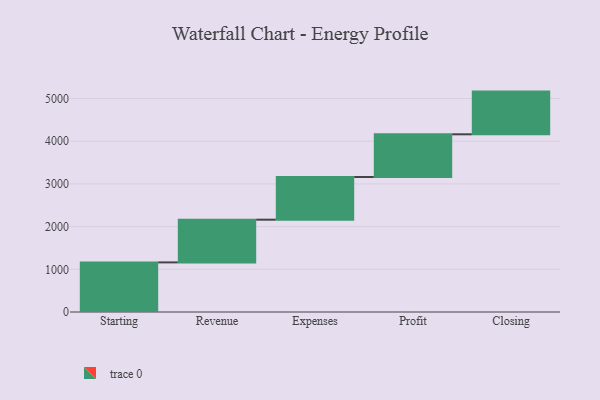
{"axis": {"x": "Step", "y": "Value"}, "legend": [""], "data": [{"x": "Starting", "y": 1162.0, "type": ""}, {"x": "Revenue", "y": 1000, "type": ""}, {"x": "Expenses", "y": 1000, "type": ""}, {"x": "Profit", "y": 1000, "type": ""}, {"x": "Closing", "y": 1000, "type": ""}]}